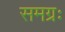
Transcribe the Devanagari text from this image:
समग्रः